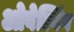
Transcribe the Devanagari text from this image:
ओवेर्ल्यिंग